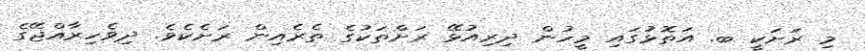
މި ރަށަކީ ބ. އަތޮޅުގައި މީހުން ދިރިއުޅޭ ރަށްތަކުގެ ތެރެއިން ރަށެކެވެ. ދިވެހިރާއްޖޭގެ